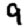
Digit: 9